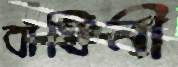
বাঘিনী